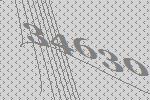
34630